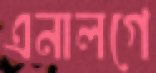
এনালগে